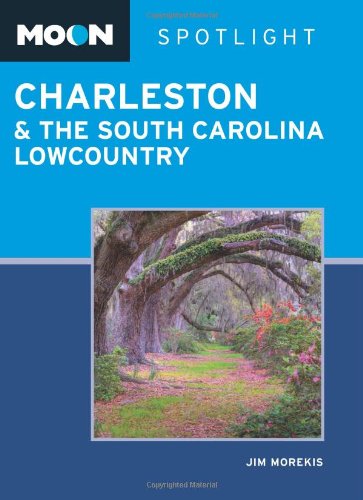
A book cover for Moon Spotlight Charleston & the South Carolina Lowcountry; Jim Morekis; Travel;